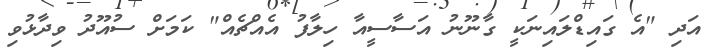
އަދި "އެ ގައިޑްލައިނަކީ ގާނޫނު އަސާސީއާ ހިލާފު އެއްޗެއް" ކަމަށް ސުއޫދު ވިދާޅުވި